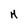
Character: h